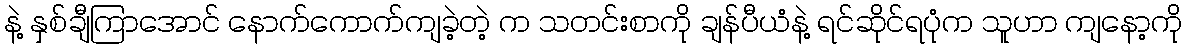
နဲ့ နှစ်ချီကြာအောင် နောက်ကောက်ကျခဲ့တဲ့ က သတင်းစာကို ချန်ပီယံနဲ့ ရင်ဆိုင်ရပုံက သူဟာ ကျနော့ကို